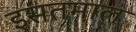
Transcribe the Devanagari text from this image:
इसतमाल